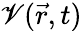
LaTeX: \mathscr{V}(\vec{{r}},t)